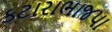
કટારાભાજપા